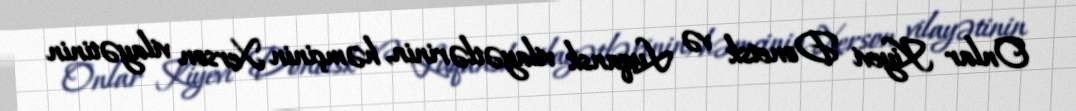
Onlar Kiyevi Donetsk və Luqansk vilayətlərinin, həmçinin Xerson vilayətinin